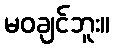
မဝချင်ဘူး။